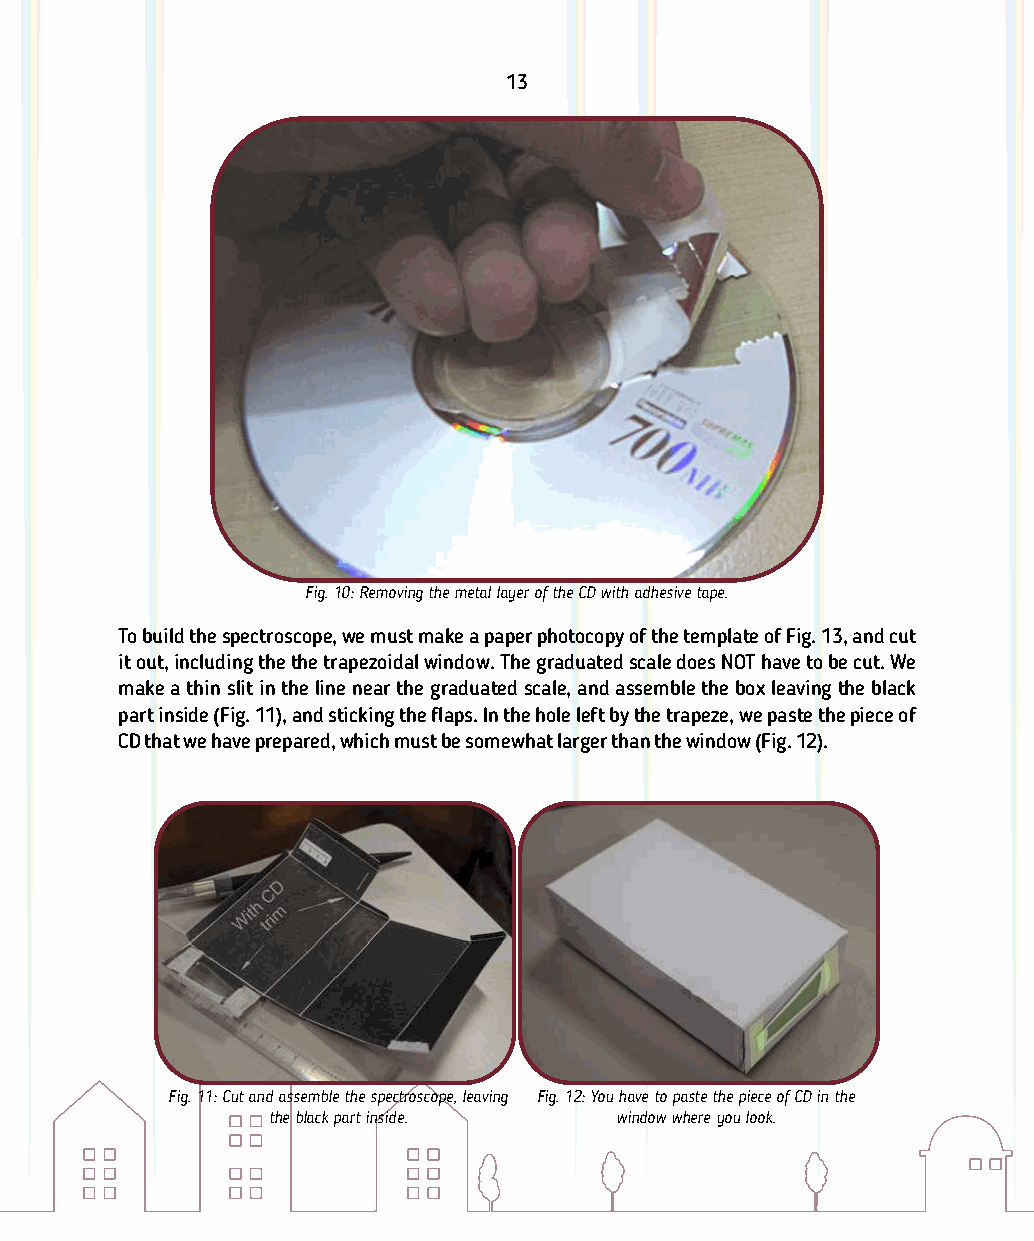
13
 Fig. 10: Removing the metal layer of the CD with adhesive tape.
 To build the spectroscope, we must make a paper photocopy of the template of Fig. 13, and cut
 it out, including the the trapezoidal window. The graduated scale does NOT have to be cut. We
 make a thin slit in the line near the graduated scale, and assemble the box leaving the black
 part inside (Fig. 11), and sticking the aps. In the hole left by the trapeze, we paste the piece of
 CD that we have prepared, which must be somewhat larger than the window (Fig. 12).
 Fig. 11: Cut and assemble the spectroscope, leaving Fig. 12: You have to paste the piece of CD in the
 the black part inside. window where you look.